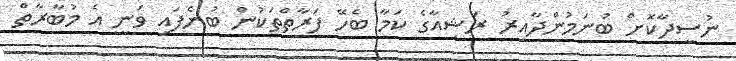
ނުސީދާކޮށް ބުނަމުންދާއިރު ރަޝިއާގެ ކަމާ ބެހޭ ފަރާތްތަކުން ބުނެފައި ވަނީ އެ މުބާރާތް